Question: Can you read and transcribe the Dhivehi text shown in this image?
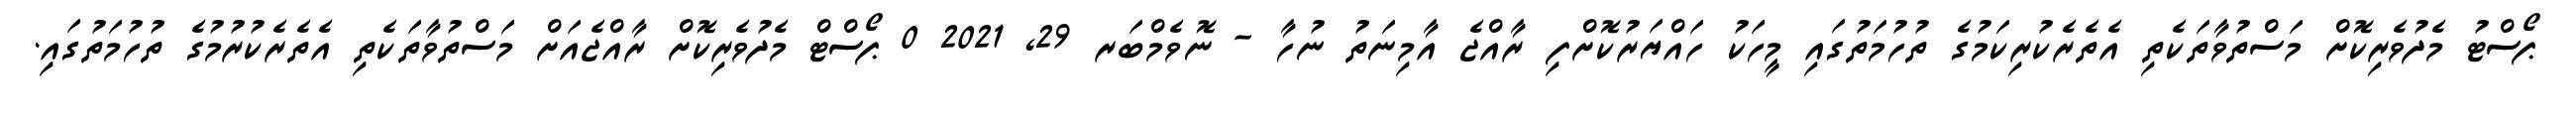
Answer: ޕޯސްޓު މެދުވެރިކޮށް މަސްތުވާތަކެތި އެތެރެކުރިކަމުގެ ތުހުމަތުގައި މީހަކު ހައްޔަރުކޮށްފި ރާއްޖެ އާމިނަތު ނުހާ - ނޮވެމްބަރ 29, 2021 0 ޕޯސްޓް މެދުވެރިކޮށް ރާއްޖެއަށް މަސްތުވާތަކެތި އެތެރެކުރުމުގެ ތުހުމަތުގައި.